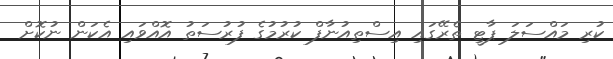
ކުރި މައްސަލަ ޕާޓީ ތެރޭގައި އިސްތިއުނާފް ކުރުމުގެ ފުރުސަތު އޮއްވައި އެކަން ނުކޮށް